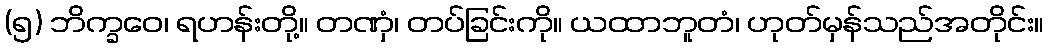
(၅) ဘိက္ခဝေ၊ ရဟန်းတို့။ တဏှံ၊ တပ်ခြင်းကို။ ယထာဘူတံ၊ ဟုတ်မှန်သည်အတိုင်း။